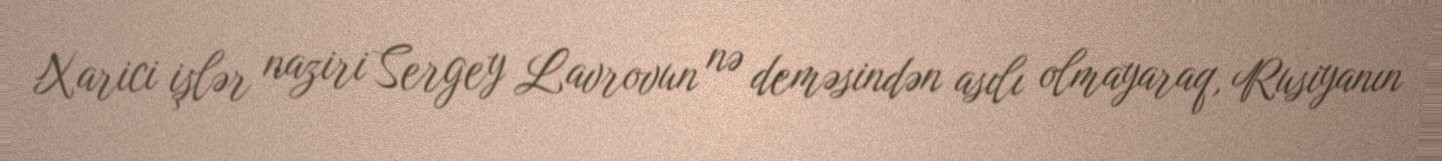
Xarici işlər naziri Sergey Lavrovun nə deməsindən asılı olmayaraq, Rusiyanın